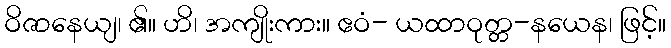
ဝိဇာနေယျ၊ ၏။ ဟိ၊ အကျိုးကား။ ဧဝံ- ယထာဝုတ္တ-နယေန၊ ဖြင့်။